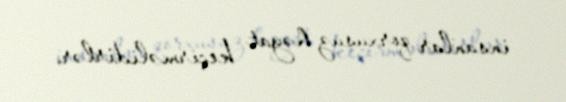
insanlar qorxusuz həyat keçirməlidirlər.